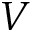
V